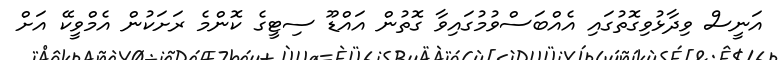
އަނީސް ވިދާޅުވިގޮތުގައި އެއްބަސްވުމުގައިވާ ގޮތުން އައްޑޫ ސިޓީގެ ކޮންމެ ރަށަކުން އެމްވީކޭ އަށް